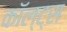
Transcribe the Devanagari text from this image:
कॉल्ट्स